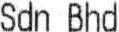
SDN BHD